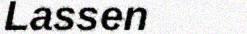
Lassen